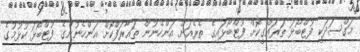
މަގްސަދަކީ ފުޓްބޯޅަ ތަރައްގީކޮށް ފުޓްބޯޅައިގެ ތެރެއަށް އަންހެނުން ތައާރަފްކޮށް އަންހެނުންގެ ފުޓްބޯޅަ ކުޅުމުގެ